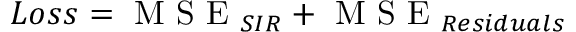
L o s s = \mathrm { ~ M ~ S ~ E ~ } _ { S I R } + \mathrm { ~ M ~ S ~ E ~ } _ { R e s i d u a l s }